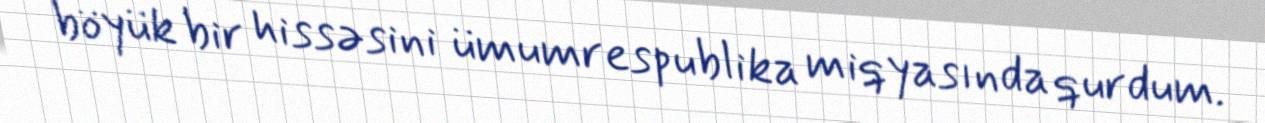
böyük bir hissəsini ümumrespublika miqyasında qurdum.